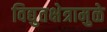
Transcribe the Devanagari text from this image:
विद्युतक्षेत्रामुळे